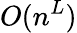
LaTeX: O(n^{L})